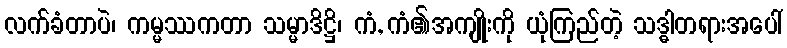
လက်ခံတာပဲ၊ ကမ္မဿကတာ သမ္မာဒိဋ္ဌိ၊ ကံ, ကံ၏အကျိုးကို ယုံကြည်တဲ့ သဒ္ဓါတရားအပေါ်